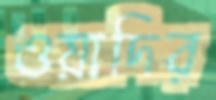
ওয়াদির